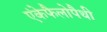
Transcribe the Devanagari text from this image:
एंकेफैलोपैथी